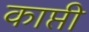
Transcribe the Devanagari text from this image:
काप्ती